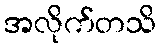
အလိုက်တသိ